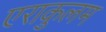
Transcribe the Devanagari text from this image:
एराकुलम